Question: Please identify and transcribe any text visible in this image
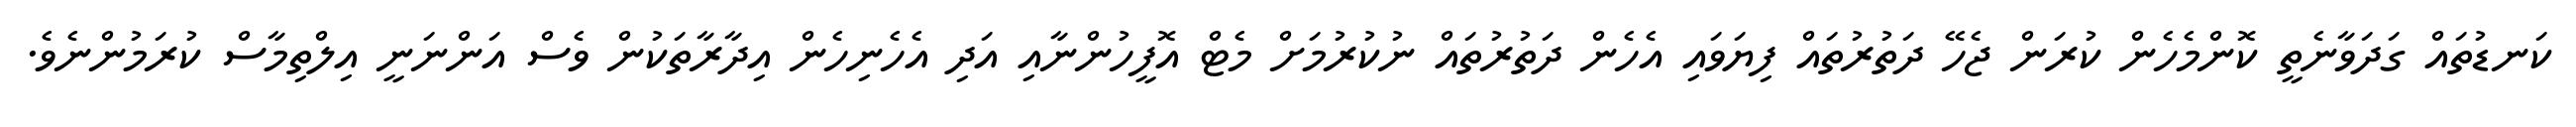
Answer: ކަނޑުތައް ގަދަވާނެތީ ކޮންމެހެން ކުރަން ޖެހޭ ދަތުރުތައް ފިޔަވައި އެހެން ދަތުރުތައް ނުކުރުމަށް މެޓް އޮފީހުންނާއި އަދި އެހެނިހެން އިދާރާތަކުން ވެސް އަންނަނީ އިލްތިމާސް ކުރަމުންނެވެ.